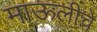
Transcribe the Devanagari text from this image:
माऊलीचे